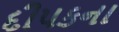
દીપકના